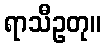
ရာသီဥတု။